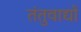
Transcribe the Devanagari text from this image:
तंतुवाद्यों